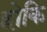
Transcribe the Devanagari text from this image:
होकि